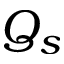
Q _ { s }